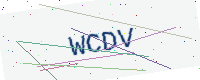
Text: WCDV